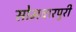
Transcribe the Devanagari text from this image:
सोमवारपुरी